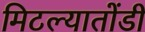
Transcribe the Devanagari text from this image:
मिटल्यातोंडी